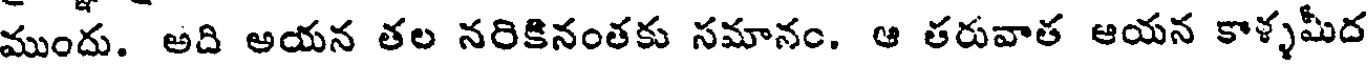
ముందు. అది అయన తల నరికినంతకు సమానం. ఆ తరువాత ఆయన కాళ్ళమీద